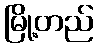
မြို့တည်